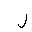
Letter: _lam